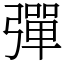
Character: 彈